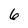
Character: 6